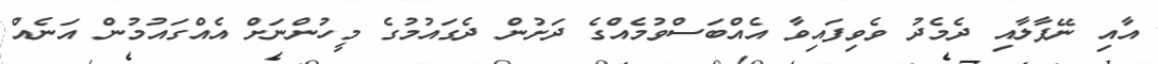
އާއި ނޭޕާލާއި ދެމެދު ވެވިފައިވާ އެއްބަސްވުމެއްގެ ދަށުން ދެގައުމުގެ މީހުންނަށް އެއްގައުމުން އަނެއް